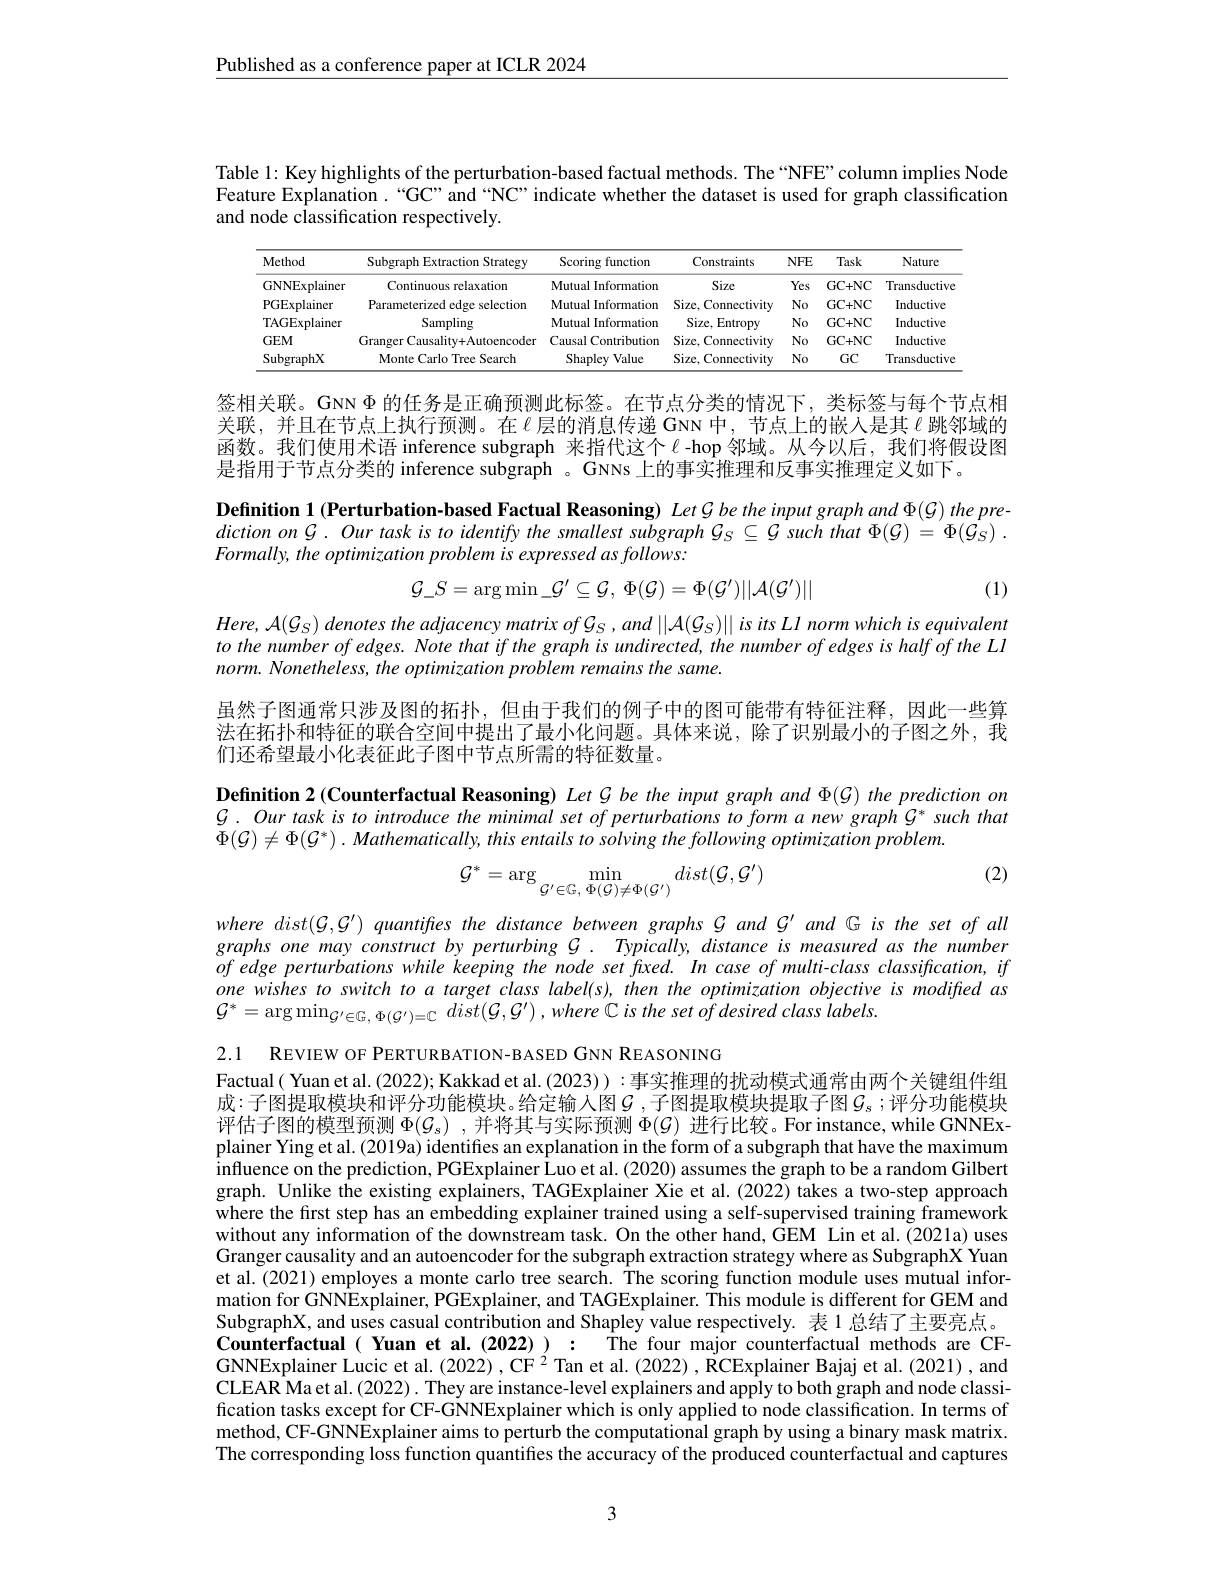
$\underline{\text{Published as a conference paper at ICLR 2024}}$

Table 1: Key highlights of the perturbation-based factual methods. The“NFE”column implies Node Feature Explanation.“GC”and“NC”indicate whether the dataset is used for graph classification and node classification respectively.

<table>
	<tbody>
		<tr>
			<th>Method</th>
			<th>Subgraph Extraction Strategy</th>
			<th>Scoring function</th>
			<th>Constraints</th>
			<th>NFE</th>
			<th>Task</th>
			<th>Nature</th>
		</tr>
		<tr>
			<td>GNNExplainer</td>
			<td>Continuous relaxation</td>
			<td>Mutual Information</td>
			<td>Size</td>
			<td>Yes</td>
			<td>GC+ NC</td>
			<td>Transductive</td>
		</tr>
		<tr>
			<td>PGExplainer</td>
			<td>Parameterized edge selection</td>
			<td>Mutual Information</td>
			<td>$Size$, Connectivity 1</td>
			<td>$No$</td>
			<td>GC+ NC</td>
			<td>Inductive</td>
		</tr>
		<tr>
			<td>TAGExplainer</td>
			<td>Sampling</td>
			<td>Mutual Information</td>
			<td>Size, Entropy</td>
			<td>$No$</td>
			<td>GC+ NC</td>
			<td>Inductive</td>
		</tr>
		<tr>
			<td>$GEM$</td>
			<td>Granger Causality+Autoencoder</td>
			<td>Causal $l$ Contribution</td>
			<td>$Size.$ Connectivity · 1</td>
			<td>$No$</td>
			<td>GC+ NC</td>
			<td>Inductive</td>
		</tr>
		<tr>
			<td>SubgraphX</td>
			<td>Monte Carlo Tree Search</td>
			<td>Shapley Value</td>
			<td>Size, Connectivity 1</td>
			<td>$No$</td>
			<td>$GC$</td>
			<td>Transductive</td>
		</tr>
	</tbody>
</table>

签相关联。GNN $\Phi$的任务是正确预测此标签。在节点分类的情况下，类标签与每个节点相关联，并且在节点上执行预测。在$\ell$层的消息传递 GNN 中，节点上的嵌入是其$\ell$ 跳邻域的函数。我们使用术语 inference subgraph 来指代这个$\ell$ -hop 邻域。从今以后，我们将假设图是指用于节点分类的 inference subgraph 。GNNs 上的事实推理和反事实推理定义如下。

Definition 1 (Perturbation-based Factual Reasoning) Let G be the input graph and $\Phi(\mathcal{G})$ the pre- $dictiononG.OurtaskistoidentifythesmallestsubgraphG_S\subseteq G$ such that $\Phi ( \mathcal{G} ) = \Phi ( \mathcal{G} _S)$ . Formally, the optimization problem is expressed as follows:
$$\mathcal{G}_S=\arg\min_\mathcal{G}'\subseteq\mathcal{G},\:\Phi(\mathcal{G})=\Phi(\mathcal{G}')||\mathcal{A}(\mathcal{G}')||$$
(1)

$Here,\mathcal{A}(\mathcal{G}_{S})$ denotes the adjacency matrix of $\mathcal{G} _S, and\left | \left | \mathcal{A} ( \mathcal{G} _{S}) \right | \right | isits\textit{Ll norm which is equivalent}$ to the number of edges. Note that if the graph is undirected, the number of edges is half of the LI norm. Nonetheless, the optimization problem remains the same.

虽然子图通常只涉及图的拓扑，但由于我们的例子中的图可能带有特征注释，因此一些算法在拓扑和特征的联合空间中提出了最小化问题。具体来说，除了识别最小的子图之外，我们还希望最小化表征此子图中节点所需的特征数量。

Definition 2 (Counterfactual Reasoning) Let $G$ be the input graph and $\Phi(\mathcal{G})$ the prediction on $G.OurtaskistointroducetheminimalsetofperturbationstoformanewgraphG^{*}suchthat$ $\Phi(\mathcal{G})\neq\Phi(\mathcal{G}^*)$ . Mathematically, this entails to solving the following optimization problem.

(2)
$$\mathcal{G}^{*}=\arg\min_{\mathcal{G}^{\prime}\in\mathbb{G},\:\Phi(\mathcal{G})\neq\Phi(\mathcal{G}^{\prime})}dist(\mathcal{G},\mathcal{G}^{\prime})$$
where $dist(\mathcal{G},\mathcal{G}^{\prime})$ quantifes the distance between graphs $\mathcal{G}$ and G is the set of all graphs one may construct by perturbing G. Typically, distance is measured as the number $of$ edge perturbations while keeping the node set faxed. In case of multi-class classification, if one wishes to switch to a target class label(s), then the optimization objective is modifted as $\mathcal{G} ^{* }= \arg \min _{\mathcal{G} ^{\prime }\in \mathcal{G} , \:\Phi ( \mathcal{G} ^{\prime }) = \mathbb{C} }dist( \mathcal{G} , \mathcal{G} ^{\prime }) , where\mathbb{C} is$ the set $of$ desired class $iabels.$

2.1 REVIEW OF PERTURBATION-BASED GNN REASONING
Factual( Yuan et al.(2022); Kakkad et al. (2023)) :事实推理的扰动模式通常由两个关键组件组成：子图提取模块和评分功能模块。给定输入图$\mathcal{G}$,子图提取模块提取子图$\mathcal{G}_s;$评分功能模块评估子图的模型预测$\Phi(\mathcal{G}_s)$ ,并将其与实际预测$\Phi(\mathcal{G})$进行比较。For instance, while GNNExplainer Ying et al. (2019a) identifes an explanation in the form of a subgraph that have the maximum influence on the prediction, PGExplainer Luo et al. (2020) assumes the graph to be a random Gilbert graph. Unlike the existing explainers, TAGExplainer Xie et al. (2022) takes a two-step approach where the first step has an embedding explainer trained using a self-supervised training framework without any information of the downstream task. On the other hand,GEM Lin et al.(2021a) uses Granger causality and an autoencoder for the subgraph extraction strategy where as SubgraphX Yuan et al. (2021) employes a monte carlo tree search. The scoring function module uses mutual information for GNNExplainer, PGExplainer, and TAGExplainer. This module is different for GEM and SubgraphX, and uses casual contribution and Shapley value respectively. 表 1 总结了主要亮点。Counterfactual ( Yuan et al.(2022) ): The four major counterfactual methods are CFGNNExplainer Lucic et al. (2022) , CF $^{2}$ Tan et al. (2022) , RCExplainer Bajaj et al. (2021) , and CLEAR Ma et al. (2022) . They are instance-level explainers and apply to both graph and node classification tasks except for CF-GNNExplainer which is only applied to node classification. In terms of method, CF-GNNExplainer aims to perturb the computational graph by using a binary mask matrix. The corresponding loss function quantifies the accuracy of the produced counterfactual and captures

3